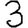
Digit: 3